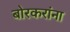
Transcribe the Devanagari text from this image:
बोरकरांना